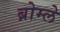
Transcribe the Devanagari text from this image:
ब्रोम्ले